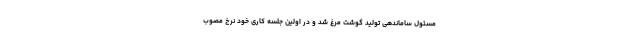
مسئول ساماندهی تولید گوشت مرغ شد و در اولین جلسه کاری خود نرخ مصوب